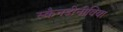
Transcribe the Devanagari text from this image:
स्कैनडीनीविया